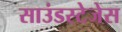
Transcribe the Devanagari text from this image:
साउंडस्टेजेस